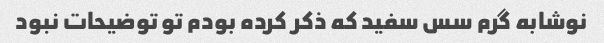
نوشابه گرم سس سفید که ذکر کرده بودم تو توضیحات نبود